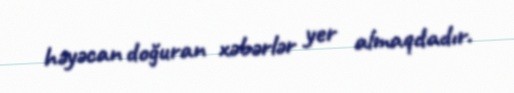
həyəcan doğuran xəbərlər yer almaqdadır.